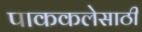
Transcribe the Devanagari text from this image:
पाककलेसाठी